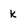
Character: k